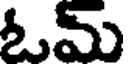
ఓమ్